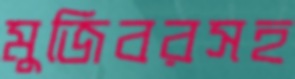
মুজিবরসহ